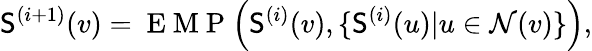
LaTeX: \mathsf{S}^{(i+1)}(v)=\mathrm{{~E~M~P~}}\Big(\mathsf{S}^{(i)}(v),\{ \mathsf{S}^{(i)}(u)|u\in\mathcal{{N}}(v)\} \Big),